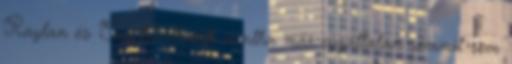
Raylan és Eva találkozik mintha már egyáltalán semmit sem